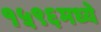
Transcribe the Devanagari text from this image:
१५९६मध्ये